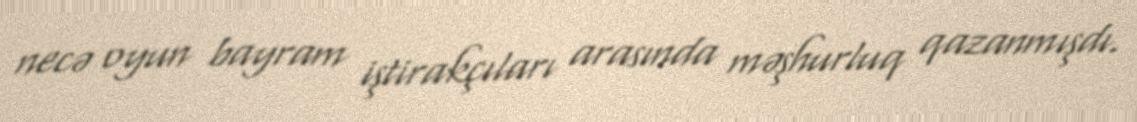
necə oyun bayram iştirakçıları arasında məşhurluq qazanmışdı.